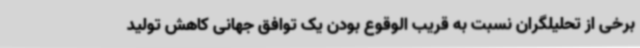
برخی از تحلیلگران نسبت به قریب الوقوع بودن یک توافق جهانی کاهش تولید